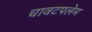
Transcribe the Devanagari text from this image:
चावटपलेम